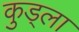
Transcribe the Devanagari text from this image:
कुड्ला